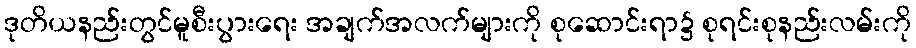
ဒုတိယနည်းတွင်မူစီးပွားရေး အချက်အလက်များကို စုဆောင်းရာ၌ စုရင်းစုနည်းလမ်းကို